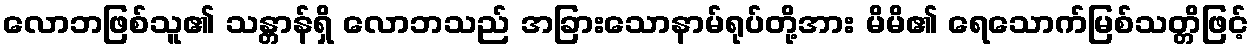
လောဘဖြစ်သူ၏ သန္တာန်ရှိ လောဘသည် အခြားသောနာမ်ရုပ်တို့အား မိမိ၏ ရေသောက်မြစ်သတ္တိဖြင့်